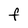
Character: f